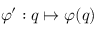
\varphi ^ { \prime } : q \mapsto \varphi ( q )